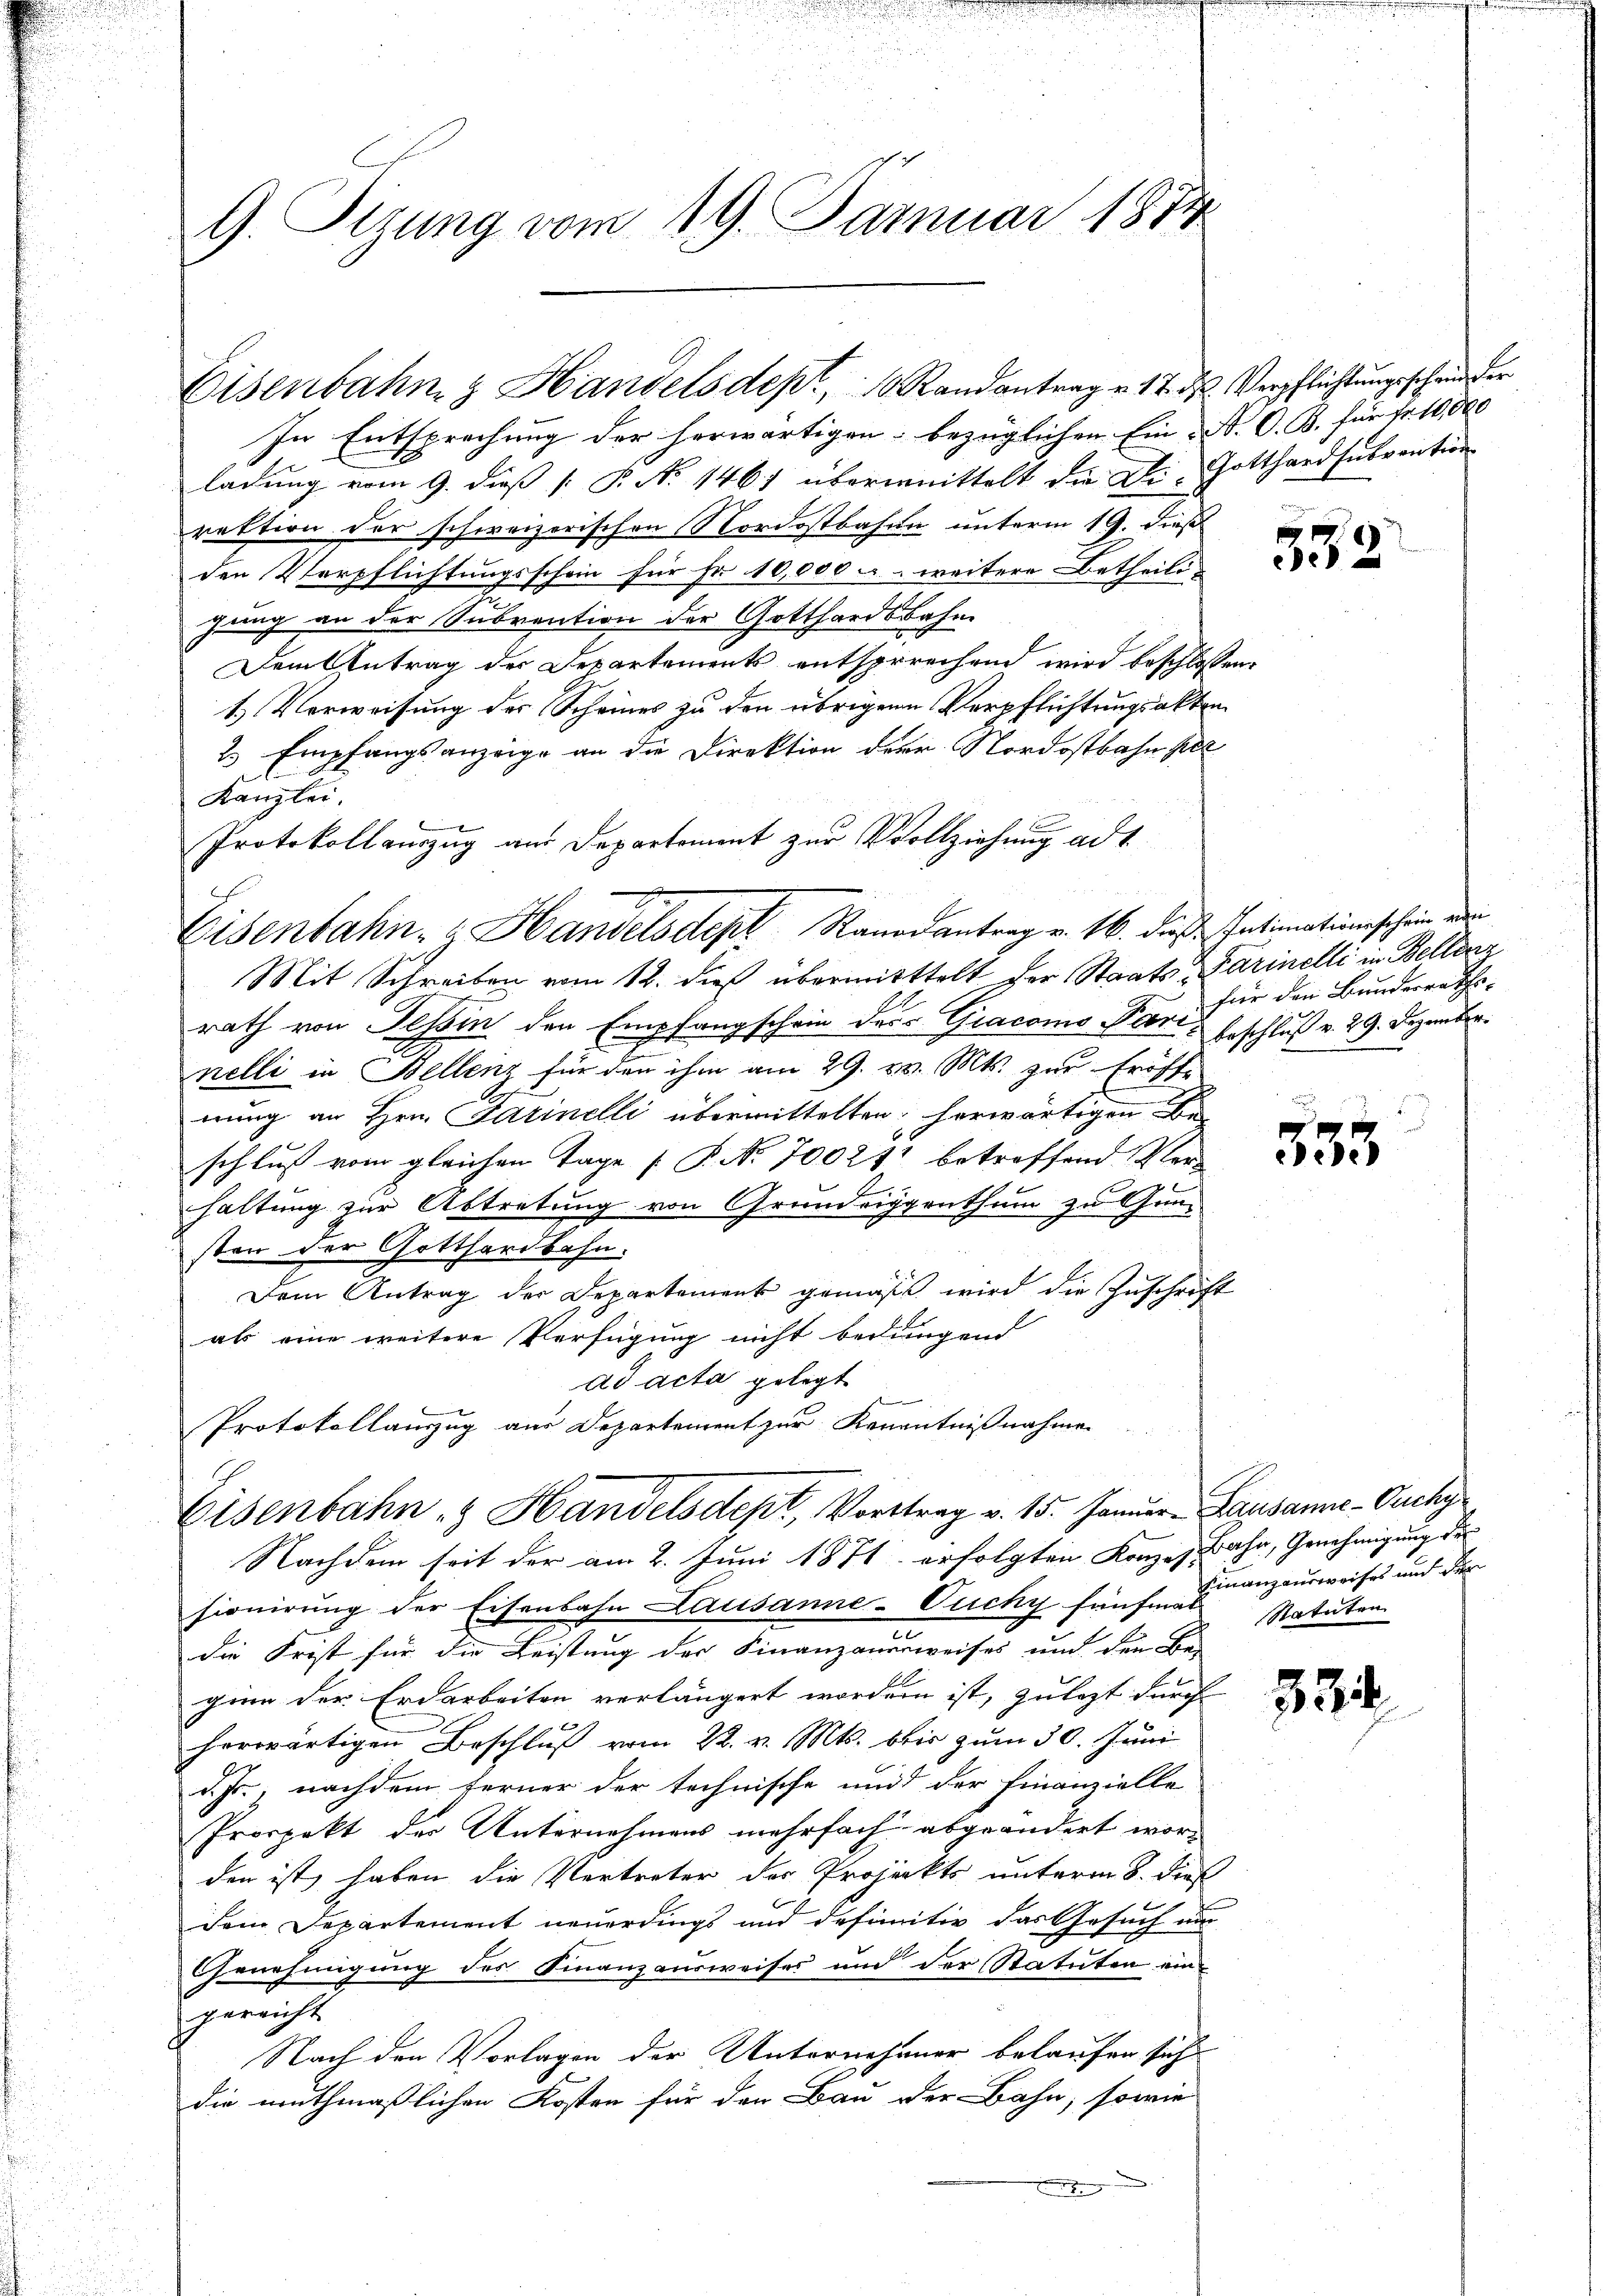
G. Sizung vom 19. Januar 1874

Eisenbahn & Handelsdept, 10 Randantrag v. 17. d. Verpflichtungsschen der

In Entsprechung der herwärtigen bezüglichen Ein A. O. B. für fr. 10,000
ladung vom 9. dieß [ P. No 1467 übermittelt die Die Gotthardsubvention
rektion der schweizerischen Nordostbahne unterm 19. dieß
den Verpflichtungsschein für Fr. 10,000 u. weitere Betheili-
gung an der Subvention der Gotthardsbahn
Dem Antrag des Departements entsprechend wird beschlossen,
1.) Verweisung der Scheines zu den übrigen Verpflichtungsakten
2 Empfangsanzeige an die Direktion der Nordostbahn sel
Kanzlei.
Protokollauszug aus Departement zur Vollziehung ad 1.
Eisenbahn- Handelsden Randantrag v. 16. dieß. Intimationsschein wei
Mit Schreiben vom 12. dieß übermitttelt der Staats-Parinelli in Bellenz
rath von Tessin den Empfangschein des Giacomo Piore Beschluß v. 29. Dezember.
nelli in Bellenz für den ihm am 29. v. Mts. zur Eröffe
rrung an Hrn. Parinelli übermittelten herwärtigen de
schluß vom gleichen Tage [P. Nr. 700211 betroffend Ver-
haltung zur Abtretung von Grundriggenthum zu Gunsten der Gotthardbahn.
Dem Antrag der Departement gemäß wird die Zuschrift
als eine weitere Verfügung nicht bedungend
ad acta gelegt
Protokollauszug aus Departement zur Kenntnißnahmen
Eisenbahn & Handelsdept, Vortrag v. 15. Januar Lausanne -Ouchy
Nachdem seit der am 2. Juni 1871 erfolgten Konzes Bahn, Genehmigung der
fionirung der Eisenbahn Lausanne-Cucky fünfe Finanzausweises und der
die Frist für die Leistung der Finanzausweises und den Be-
ginn der Erdarbeiten verlängert worden ist, zulezt durch
herwärtigen Beschluß vom 22. v. Mts. bis zum 30. Juni
d. Js., nachdem ferner der technische und der Finanzielle
Prospekt der Unternehmens mehrfach abgeändert wor-
den ist haben die Vertreter der Projekts unterm 8. dies
dem Departement neuerdings und definitiv das Gesuch um
Genehmigung des Finanzausweises und der Statuten ein
gereicht
Nach den Vorlagen der Unternehmer belaufen sich
die muthmaßlichen Kosten für den Bau der Bahn, sowie

552

für den Bundesraths-

533

Statuten

834